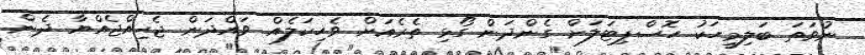
ނުވަތަ ބަލިމީހަކު ހޮސްޕިޓަލަށް ގެންދަން ގޯޅި ތެރެއަށް ވެހިކަލެއް ވައްދަން ޖެހިއްޖެއްޔާ ދެން